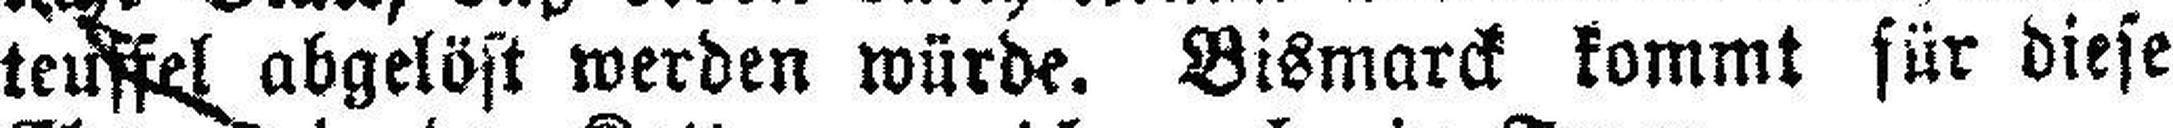
teuffel abgelöst werden würde. Bismarck kommt für diese